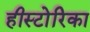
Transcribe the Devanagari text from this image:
हीस्टोरिका